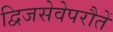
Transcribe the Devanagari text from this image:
द्विजसेवेपरौतें